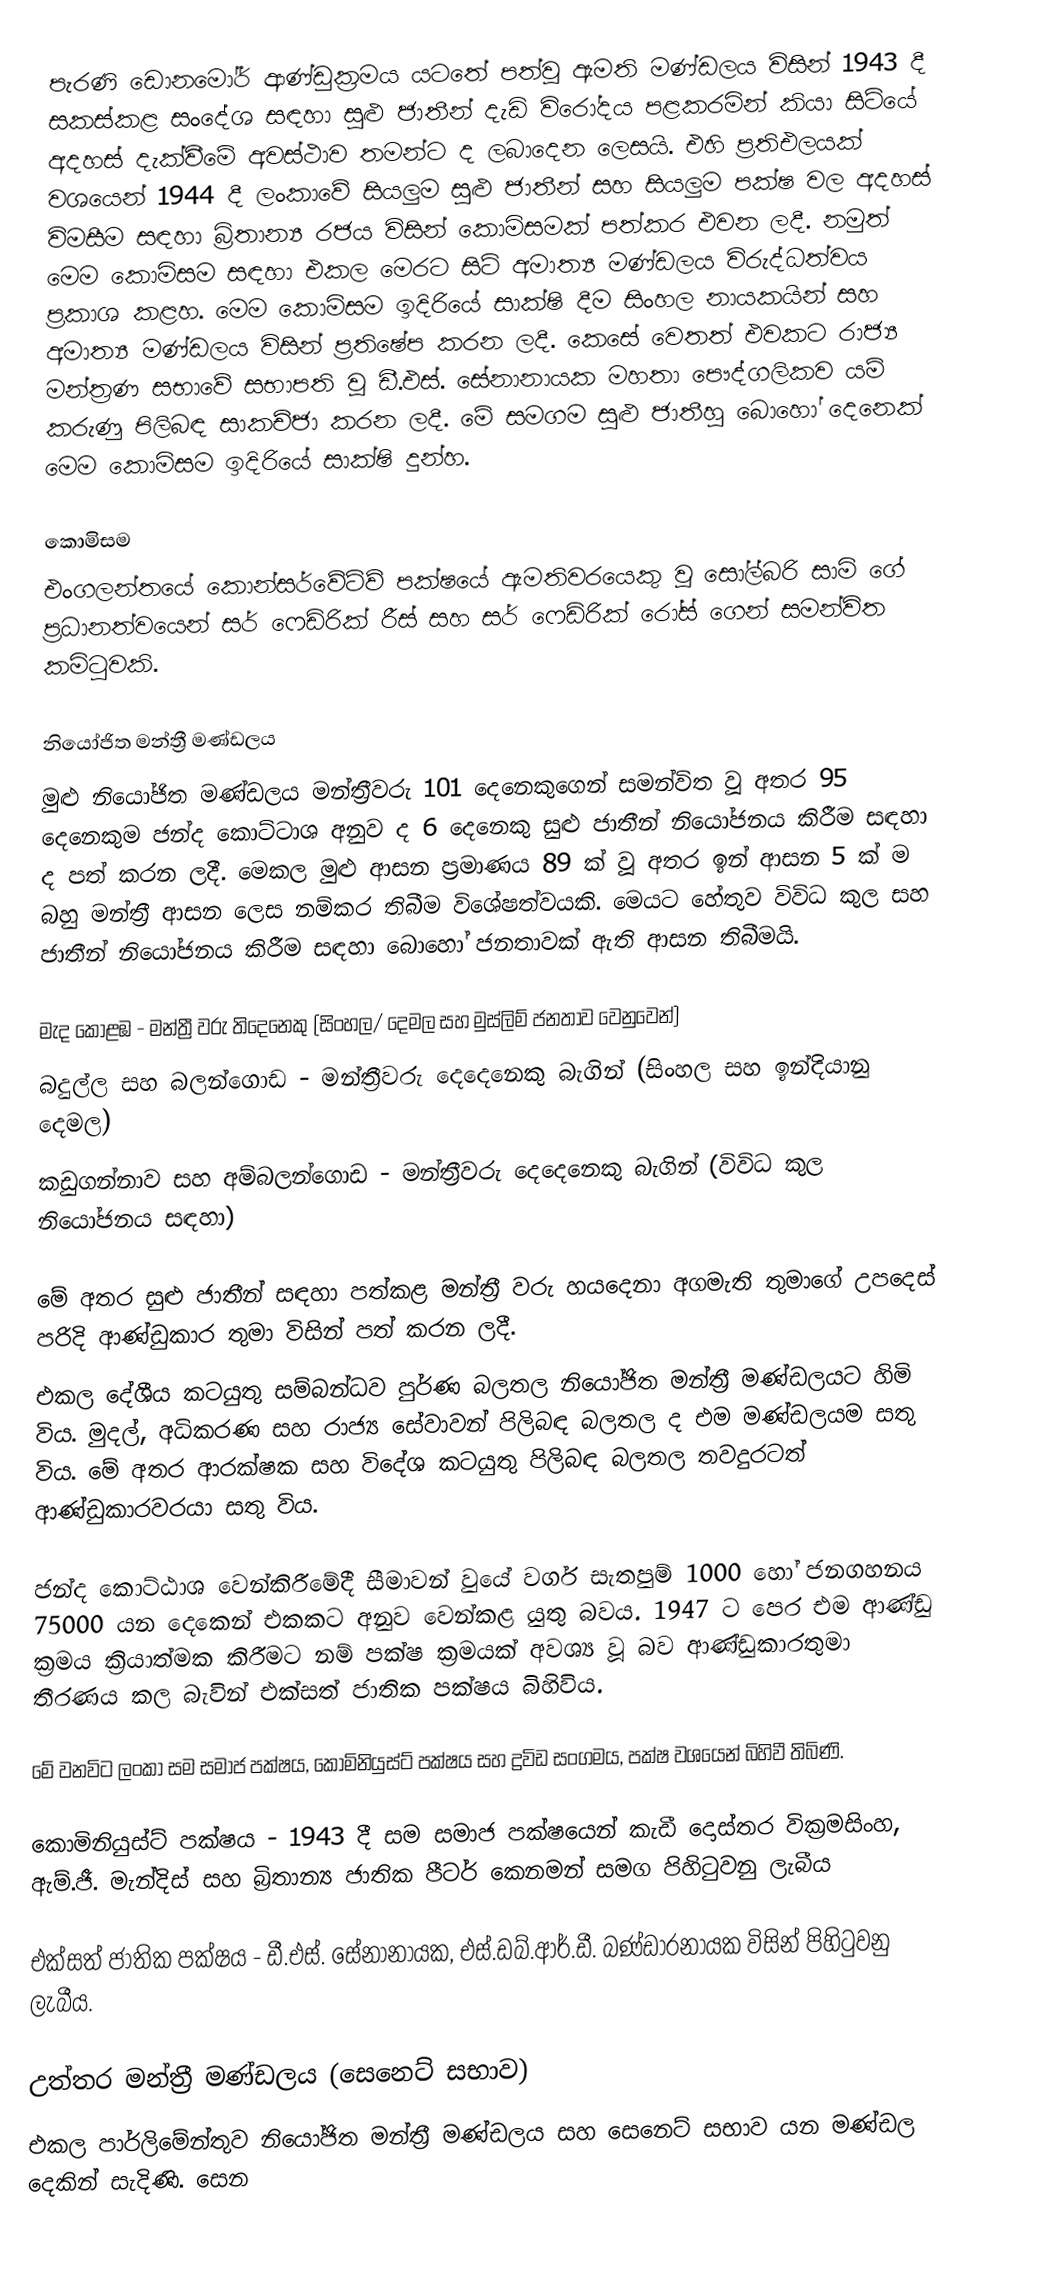
පැරණි ඩොනමෝර් ආණ්ඩුක්‍රමය යටතේ පත්වූ ඇමති මණ්ඩලය විසින් 1943 දී සකස්කළ සංදේශ සඳහා සුළු ජාතීන් දැඩි විරෝදය පළකරමින් කියා සිටියේ අදහස් දැක්වීමේ අවස්ථාව තමන්ට ද ලබාදෙන ලෙසයි. එහි ප්‍රතිඑලයක් වශයෙන් 1944 දී ලංකාවේ සියලුම සුළු ජාතීන් සහ සියලුම පක්ෂ වල අදහස් විමසීම සඳහා බ්‍රිතාන්‍ය රජය විසින් කොමිසමක් පත්කර එවන ලදී. නමුත් මෙම කොමිසම සඳහා එකල මෙරට සිටි අමාත්‍ය මණ්ඩලය විරුද්ධත්වය ප්‍රකාශ කළහ. මෙම කොමිසම ඉදිරියේ සාක්ෂි දීම සිංහල නායකයින් සහ අමාත්‍ය මණ්ඩලය විසින් ප්‍රතිෂේප කරන ලදී. කෙසේ වෙතත් එවකට රාජ්‍ය මන්ත්‍රණ සභාවේ සභාපති වූ ඩී.එස්. සේනානායක මහතා පෞද්ගලිකව යම් කරුණු පිලිබඳ සාකච්ජා කරන ලදී. මේ සමගම සුළු ජාතීහු බොහෝ දෙනෙක් මෙම කොමිසම ඉදිරියේ සාක්ෂි දුන්හ.

කොමිසම
එංගලන්තයේ කොන්සර්වේටිව් පක්ෂයේ ඇමතිවරයෙකු වූ සෝල්බරි සාමි ගේ ප්‍රධානත්වයෙන් සර් ෆෙඩ්රික් රීස් සහ සර් ෆෙඩ්රික් රෝස් ගෙන් සමන්විත කමිටුවකි.

නියෝජිත මන්ත්‍රී මණ්ඩලය
මුළු නියෝජිත මණ්ඩලය මන්ත්‍රීවරු 101 දෙනෙකුගෙන් සමන්විත වූ අතර 95 දෙනෙකුම ජන්ද කොට්ටාශ අනුව ද 6 දෙනෙකු සුළු ජාතීන් නියෝජනය කිරීම සඳහා ද පත් කරන ලදී. මෙකල  මුළු ආසන ප්‍රමාණය 89 ක් වූ අතර ඉන් ආසන 5 ක් ම බහු මන්ත්‍රී ආසන ලෙස නම්කර තිබීම විශේෂත්වයකි. මෙයට හේතුව විවිධ කුල සහ ජාතීන් නියෝජනය කිරීම සඳහා බොහෝ ජනතාවක් ඇති ආසන තිබීමයි.

මැද කොළඹ - මන්ත්‍රී වරු තිදෙනෙකු (සිංහල/ දෙමල සහ මුස්ලිම් ජනතාව වෙනුවෙන්)
බදුල්ල සහ බලන්ගොඩ - මන්ත්‍රීවරු දෙදෙනෙකු බැගින් (සිංහල සහ ඉන්දියානු දෙමල)
කඩුගන්නාව සහ අම්බලන්ගොඩ - මන්ත්‍රීවරු දෙදෙනෙකු බැගින් (විවිධ කුල නියෝජනය සඳහා)

මේ අතර සුළු ජාතීන් සඳහා පත්කළ මන්ත්‍රී වරු හයදෙනා අගමැති තුමාගේ උපදෙස් පරිදි ආණ්ඩුකාර තුමා විසින් පත් කරන ලදී.
එකල දේශීය කටයුතු සම්බන්ධව පුර්ණ බලතල නියෝජිත මන්ත්‍රී මණ්ඩලයට හිමි විය. මුදල්, අධිකරණ සහ රාජ්‍ය සේවාවන් පිලිබඳ බලතල ද එම මණ්ඩලයම සතු විය. මේ අතර ආරක්ෂක සහ විදේශ කටයුතු පිලිබඳ බලතල තවදුරටත් ආණ්ඩුකාරවරයා සතු විය.

ජන්ද කොට්ඨාශ වෙන්කිරීමේදී සීමාවන් වුයේ වර්ග සැතපුම් 1000 හෝ ජනගහනය 75000 යන දෙකෙන් එකකට අනුව වෙන්කළ යුතු බවය. 1947 ට පෙර එම ආණ්ඩු ක්‍රමය ක්‍රියාත්මක කිරීමට නම් පක්ෂ ක්‍රමයක් අවශ්‍ය වූ බව ආණ්ඩුකාරතුමා තීරණය කල බැවින් එක්සත් ජාතික පක්ෂය බිහිවිය.

මේ වනවිට ලංකා සම සමාජ පක්ෂය, කොමිනියුස්ට් පක්ෂය සහ ද්‍රවිඩ සංගමය, පක්ෂ වශයෙන් බිහිවී තිබිණි.

කොමිනියුස්ට් පක්ෂය - 1943 දී සම සමාජ පක්ෂයෙන් කැඩී දොස්තර වික්‍රමසිංහ, ඇම්.ජී. මැන්දිස් සහ බ්‍රිතාන්‍ය ජාතික පීටර් කෙනමන් සමග පිහිටුවනු ලැබීය

එක්සත් ජාතික පක්ෂය - ඩී.එස්. සේනානායක, එස්.ඩබ්.ආර්.ඩී. බණ්ඩාරනායක විසින් පිහිටුවනු ලැබීය.

උත්තර මන්ත්‍රී මණ්ඩලය (සෙනෙට් සභාව)
එකල පාර්ලිමේන්තුව නියෝජිත මන්ත්‍රී මණ්ඩලය සහ සෙනෙට් සභාව යන මණ්ඩල දෙකින් සැදිණි. සෙන